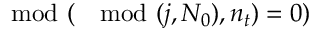
\mod ( \mod ( j , N _ { 0 } ) , n _ { t } ) = 0 )